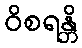
ဝိစရန္တိ